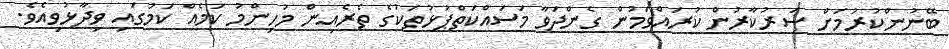
ބޭނުންކުރުމަށް ސަރުކާރުން ކުރައްވަމުން ގެންދަވާ މަސައްކަތްޕުޅުތަކުގެ ތެރެއިން މުހިންމު ކަމެއް ކަމުގައި ވިދާޅުވިއެވެ.